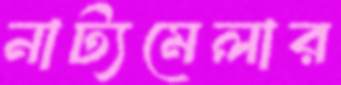
নাট্যমেলার